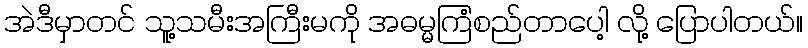
အဲဒီမှာတင် သူ့သမီးအကြီးမကို အဓမ္မကြံစည်တာပေါ့ လို့ ပြောပါတယ်။